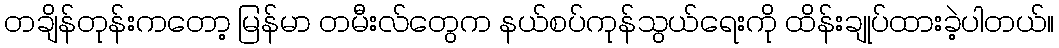
တချိန်တုန်းကတော့ မြန်မာ တမီးလ်တွေက နယ်စပ်ကုန်သွယ်ရေးကို ထိန်းချုပ်ထားခဲ့ပါတယ်။